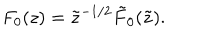
F _ { 0 } ( z ) = \tilde { z } ^ { - 1 / 2 } \tilde { F } _ { 0 } ( \tilde { z } ) .